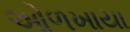
ઓળખાયા